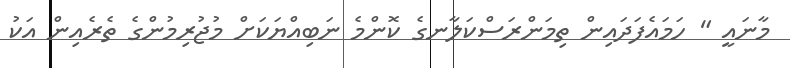
މާނައީ " ހަމައެފަދައިން ތިމަންރަސްކަލާނގެ ކޮންމެ ނަބިއްޔަކަށް މުޖުރިމުންގެ ތެރެއިން އަކު